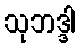
သုဘဒ္ဒါ